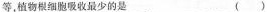
等，植物根细胞吸收最少的是 ()